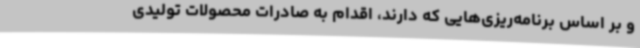
و بر اساس برنامه‌ریزی‌هایی که دارند، اقدام به صادرات محصولات تولیدی